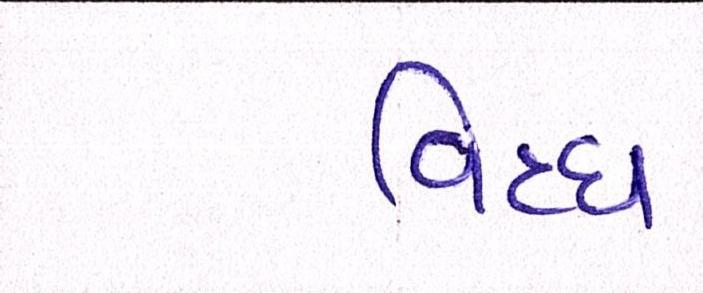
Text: વિધ્ધ